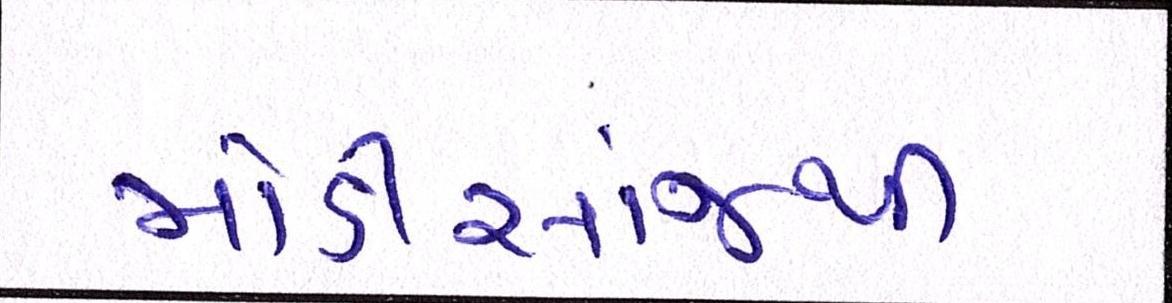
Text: મોડીસાંજથી